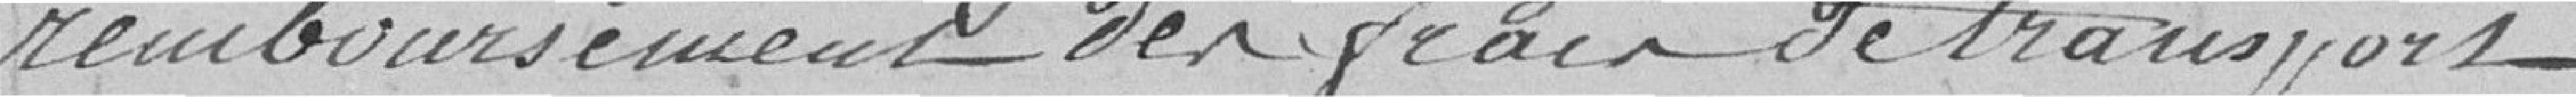
remboursement des frais de transport,